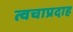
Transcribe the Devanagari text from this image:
त्वचाप्रदाह